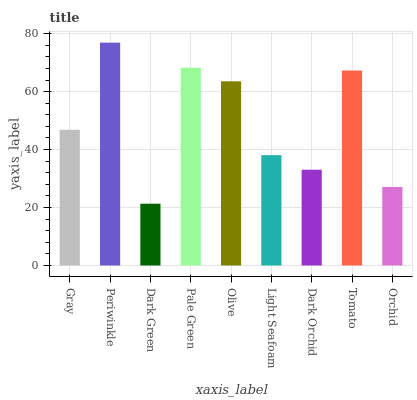
| xaxis_label | bars |
 | --- | --- |
 | Gray | 46.8 |
 | Periwinkle | 76.9 |
 | Dark Green | 21.3 |
 | Pale Green | 68.2 |
 | Olive | 63.6 |
 | Light Seafoam | 38.1 |
 | Dark Orchid | 33 |
 | Tomato | 67.3 |
 | Orchid | 27.1 |